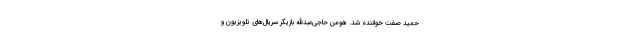
حمید صفت خواننده شد. هومن حاجی‌عبدالله بازیگر سریال‌های تلویزیون و